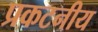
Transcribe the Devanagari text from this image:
प्रकटनीय